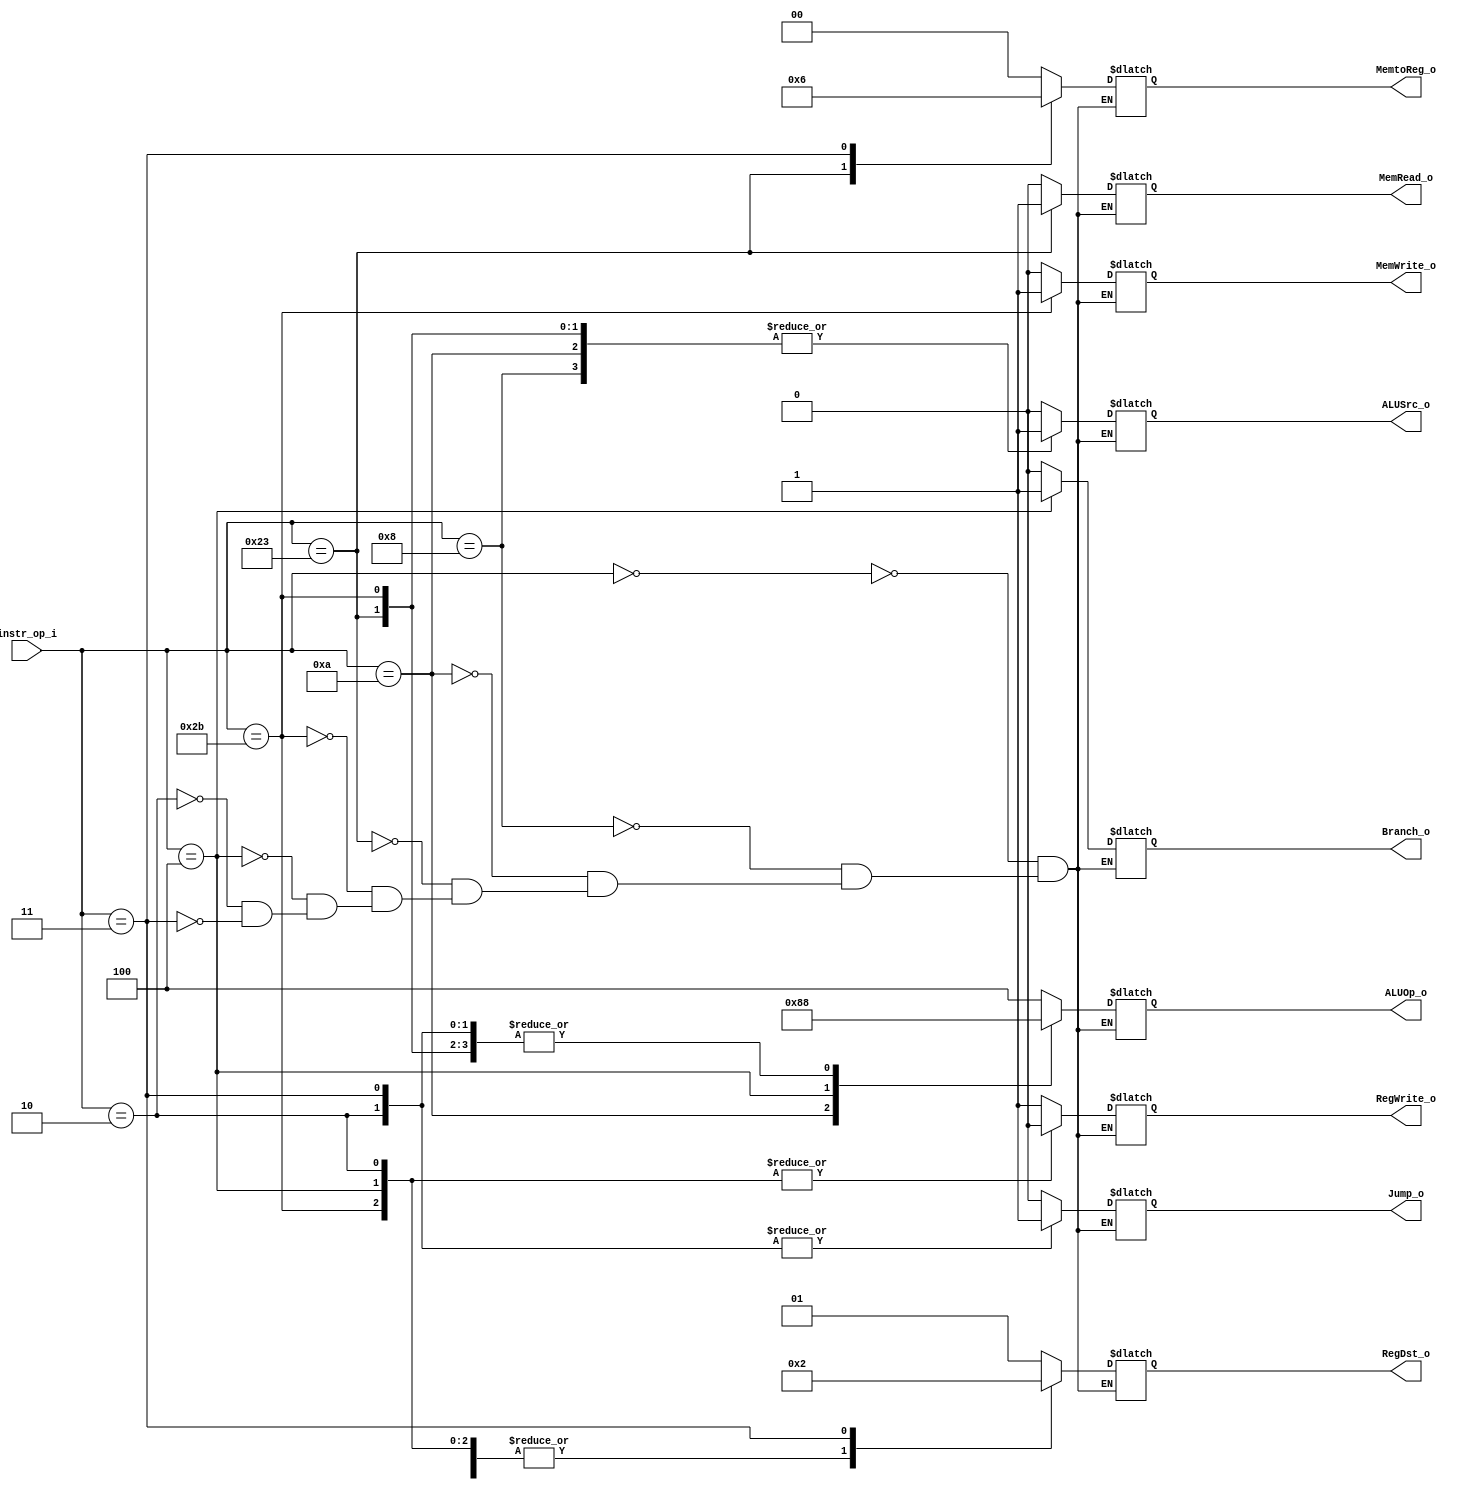
// 0516244 TAY CHUN KEAT ???

module Decoder( 
	instr_op_i, 
	RegWrite_o,	
	ALUOp_o, 
	ALUSrc_o, 
	RegDst_o,
	Branch_o, 
	Jump_o, 
	MemRead_o, 
	MemWrite_o, 
	MemtoReg_o
);
     
//I/O ports
input	[6-1:0] instr_op_i;

output	[3-1:0] ALUOp_o;
output	[2-1:0] RegDst_o, MemtoReg_o;
output		ALUSrc_o, RegWrite_o, Branch_o, Jump_o, MemRead_o, MemWrite_o;

//Internal Signals
reg	[3-1:0] ALUOp_o;
reg	[2-1:0] RegDst_o, MemtoReg_o;
reg		ALUSrc_o, RegWrite_o, Branch_o, Jump_o, MemRead_o, MemWrite_o;

//Main function
always@(*)begin
	case(instr_op_i)
		//r-format
		6'b000000:
		begin
		   ALUOp_o<=3'b100;
		   RegDst_o<=2'b01;
		   MemtoReg_o<=2'b00;
		   RegWrite_o<=1'b1;
		   ALUSrc_o<=1'b0;
		   Branch_o<=1'b0;
		   Jump_o<=1'b0;
		   MemRead_o<=1'b0;
		   MemWrite_o<=1'b0;
		end
		//addi
		6'b001000:	
		begin
		   ALUOp_o<=3'b000;
		   RegDst_o<=2'b00;
		   MemtoReg_o<=2'b00;
		   RegWrite_o<=1'b1;
		   ALUSrc_o<=1'b1;
		   Branch_o<=1'b0;
		   Jump_o<=1'b0;
		   MemRead_o<=1'b0;
		   MemWrite_o<=1'b0;
		end
	   	//slti
		6'b001010:	
		begin
		   ALUOp_o<=3'b010;
		   RegDst_o<=2'b00;
		   MemtoReg_o<=2'b00;
		   RegWrite_o<=1'b1;
		   ALUSrc_o<=1'b1;
		   Branch_o<=1'b0;
		   Jump_o<=1'b0;
		   MemRead_o<=1'b0;
		   MemWrite_o<=1'b0;
		end
		//lw
		6'b100011:	
		begin
		   ALUOp_o<=3'b000;
		   RegDst_o<=2'b00;
		   MemtoReg_o<=2'b01;
		   RegWrite_o<=1'b1;
		   ALUSrc_o<=1'b1;
		   Branch_o<=1'b0;
		   Jump_o<=1'b0;
		   MemRead_o<=1'b1;
		   MemWrite_o<=1'b0;
		end
		//sw
		6'b101011:	
		begin
	   	   ALUOp_o<=3'b000;
		   RegDst_o<=2'b00;
		   MemtoReg_o<=2'b00;
		   RegWrite_o<=1'b0;
		   ALUSrc_o<=1'b1;
		   Branch_o<=1'b0;
		   Jump_o<=1'b0;
		   MemRead_o<=1'b0;
		   MemWrite_o<=1'b1;
		end
		//beq
		6'b000100:	
		begin
		   ALUOp_o<=3'b001;
		   RegDst_o<=2'b00;
		   MemtoReg_o<=2'b00;
		   RegWrite_o<=1'b0;
		   ALUSrc_o<=1'b0;
		   Branch_o<=1'b1;
		   Jump_o<=1'b0;
		   MemRead_o<=1'b0;
		   MemWrite_o<=1'b0;
		end
		//jump
		6'b000010:	
		begin
		   ALUOp_o<=3'b000;
		   RegDst_o<=2'b00;
		   MemtoReg_o<=2'b00;
		   RegWrite_o<=1'b0;
		   ALUSrc_o<=1'b0;
		   Branch_o<=1'b0;
		   Jump_o<=1'b1;
		   MemRead_o<=1'b0;
		   MemWrite_o<=1'b0;
		end
		//jal
		6'b000011:	
		begin
		   ALUOp_o<=3'b000;
		   RegDst_o<=2'b10;
		   MemtoReg_o<=2'b10;
		   RegWrite_o<=1'b1;
		   ALUSrc_o<=1'b0;
		   Branch_o<=1'b0;
		   Jump_o<=1'b1;
		   MemRead_o<=1'b0;
		   MemWrite_o<=1'b0;
		end
	endcase
end

endmodule